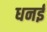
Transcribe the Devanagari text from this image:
धनई